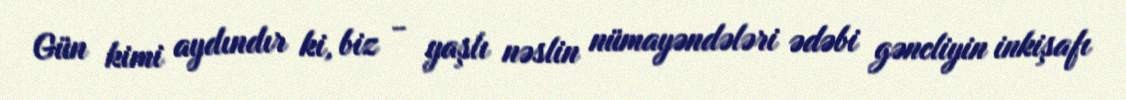
Gün kimi aydındır ki, biz - yaşlı nəslin nümayəndələri ədəbi gəncliyin inkişafı